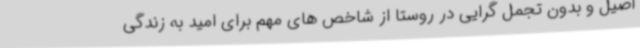
اصیل و بدون تجمل گرایی در روستا از شاخص های مهم برای امید به زندگی